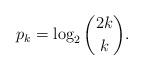
LaTeX: \begin{align*}p_k=\log_2\binom{2k}{k}.\end{align*}